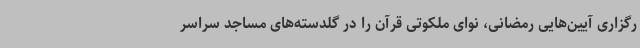
رگزاری آیین‌هایی رمضانی، نوای ملکوتی قرآن را در گلدسته‌های مساجد سراسر